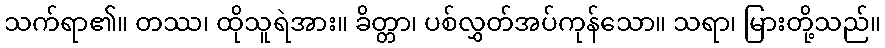
သက်ရာ၏။ တဿ၊ ထိုသူရဲအား။ ခိတ္တာ၊ ပစ်လွှတ်အပ်ကုန်သော။ သရာ၊ မြားတို့သည်။